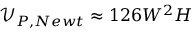
\mathcal { V } _ { P , N e w t } \approx 1 2 6 W ^ { 2 } H